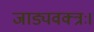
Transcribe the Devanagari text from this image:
जाड्यवक्त्रः।